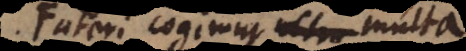
Fateri cogimur multa